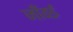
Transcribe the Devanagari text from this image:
जाँवई